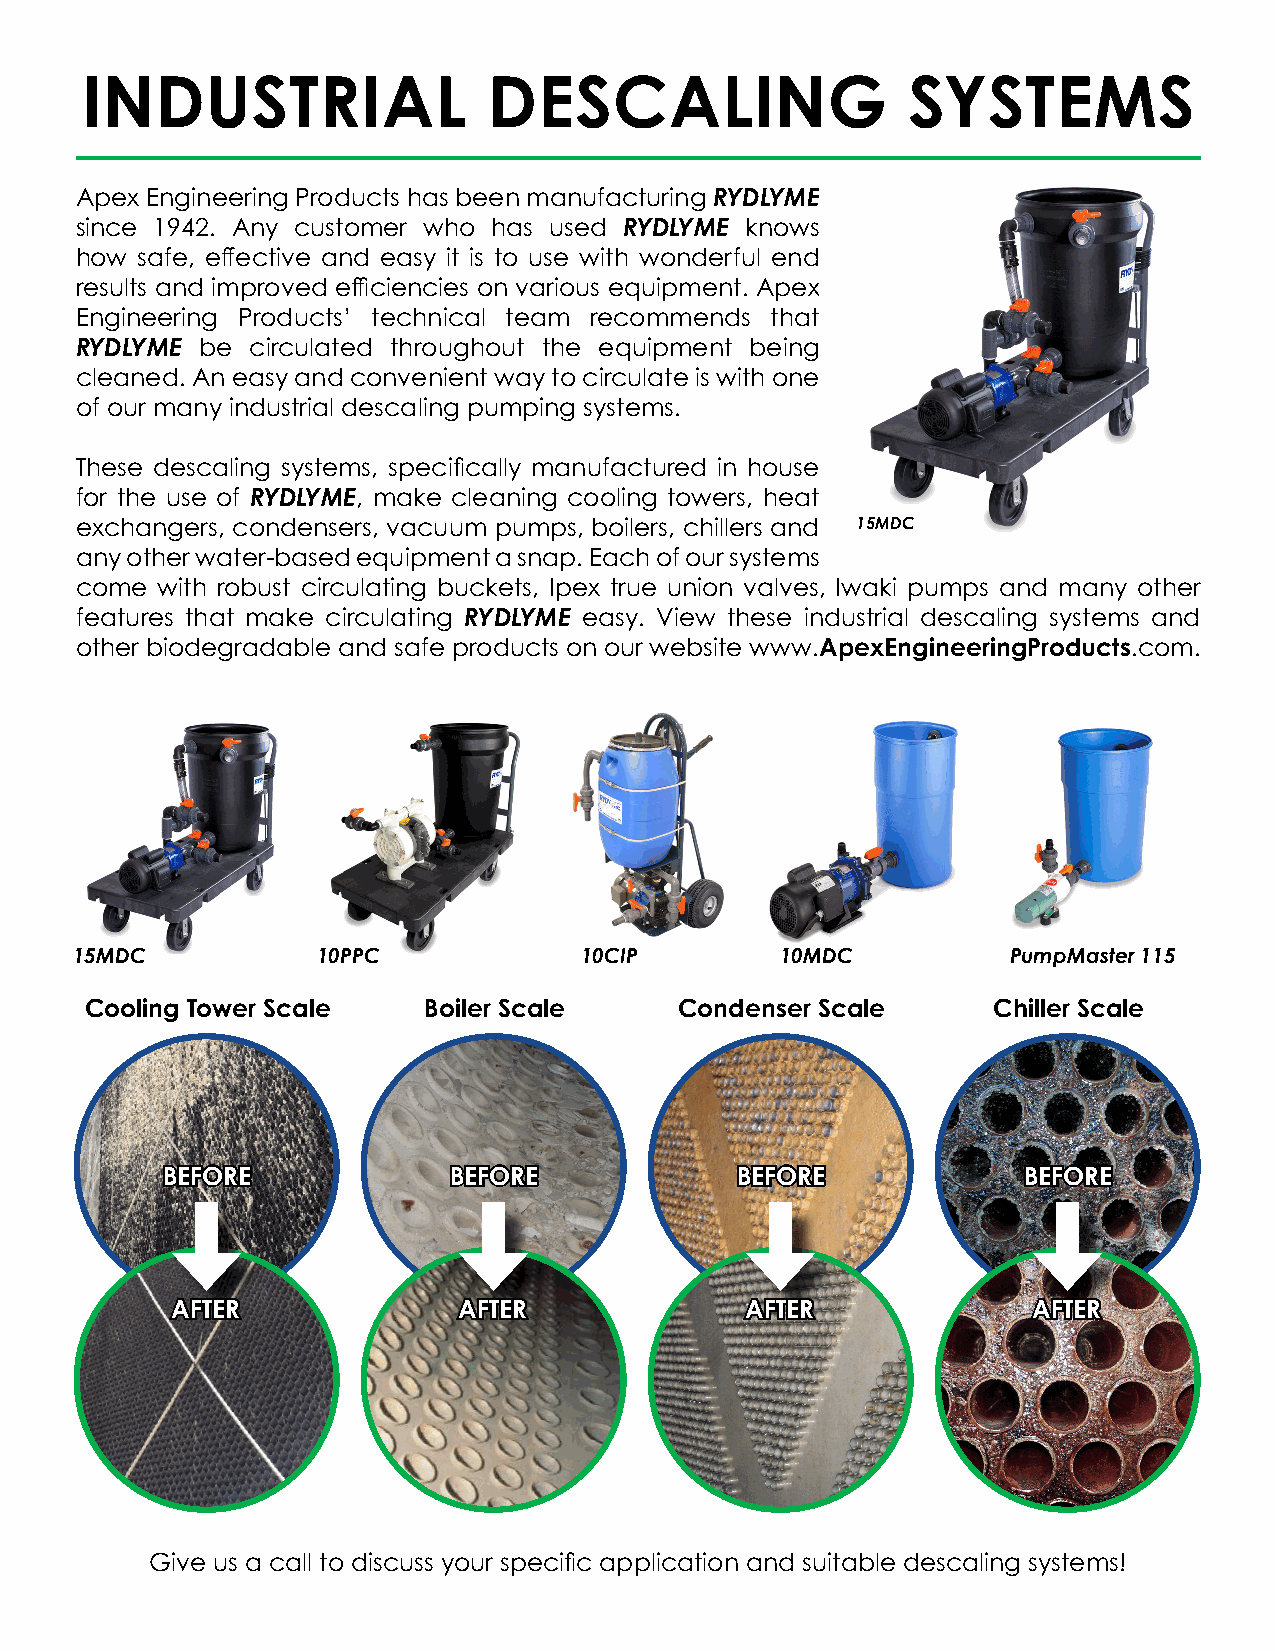
INDUSTRIAL                 DESCALING                   SYSTEMS
 Apex Engineering Products has been manufacturing RYDLYME
 since 1942. Any customer who has used RYDLYME knows
 how safe, effective and easy it is to use with wonderful end
 results and improved efficiencies on various equipment. Apex
 Engineering Products’ technical team recommends that
 RYDLYME be  circulated throughout the equipment being
 cleaned. An easy and convenient way to circulate is with one
 of our many industrial descaling pumping systems.
 These descaling systems, specifically manufactured in house
 for the use of RYDLYME, make cleaning cooling towers, heat
 exchangers, condensers, vacuum pumps, boilers, chillers and 15MDC
 any other water-based equipment a snap. Each of our systems
 come with robust circulating buckets, Ipex true union valves, Iwaki pumps and many other
 features that make circulating RYDLYME easy. View these industrial descaling systems and
 other biodegradable and safe products on our website www.ApexEngineeringProducts.com.
 15MDC           10PPC            10CIP         10MDC          PumpMaster 115
 Cooling Tower Scale   Boiler Scale     Condenser Scale      Chiller Scale
 BBEEFFOORREE       BBEEFFOORREE       BBEEFFOORREE       BBEEFFOORREE
 AAFFTTEERR         AAFFTTEERR         AAFFTTEERR         AAFFTTEERR
 Give us a call to discuss your specific application and suitable descaling systems!